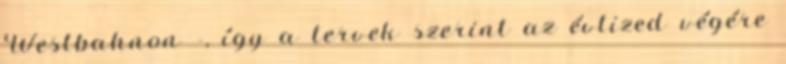
Westbahnon –, így a tervek szerint az évtized végére